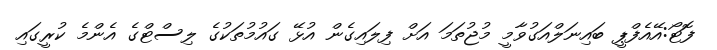
ފޮޓޯ:އޭއެފްޕީ ބައިނަލްއަގުވާމީ މުޖުތަމަ އަށް ފިލައިގެން އުޅޭ ގައުމުތަކުގެ ލިސްޓްގެ އެންމެ ކުރީގައި